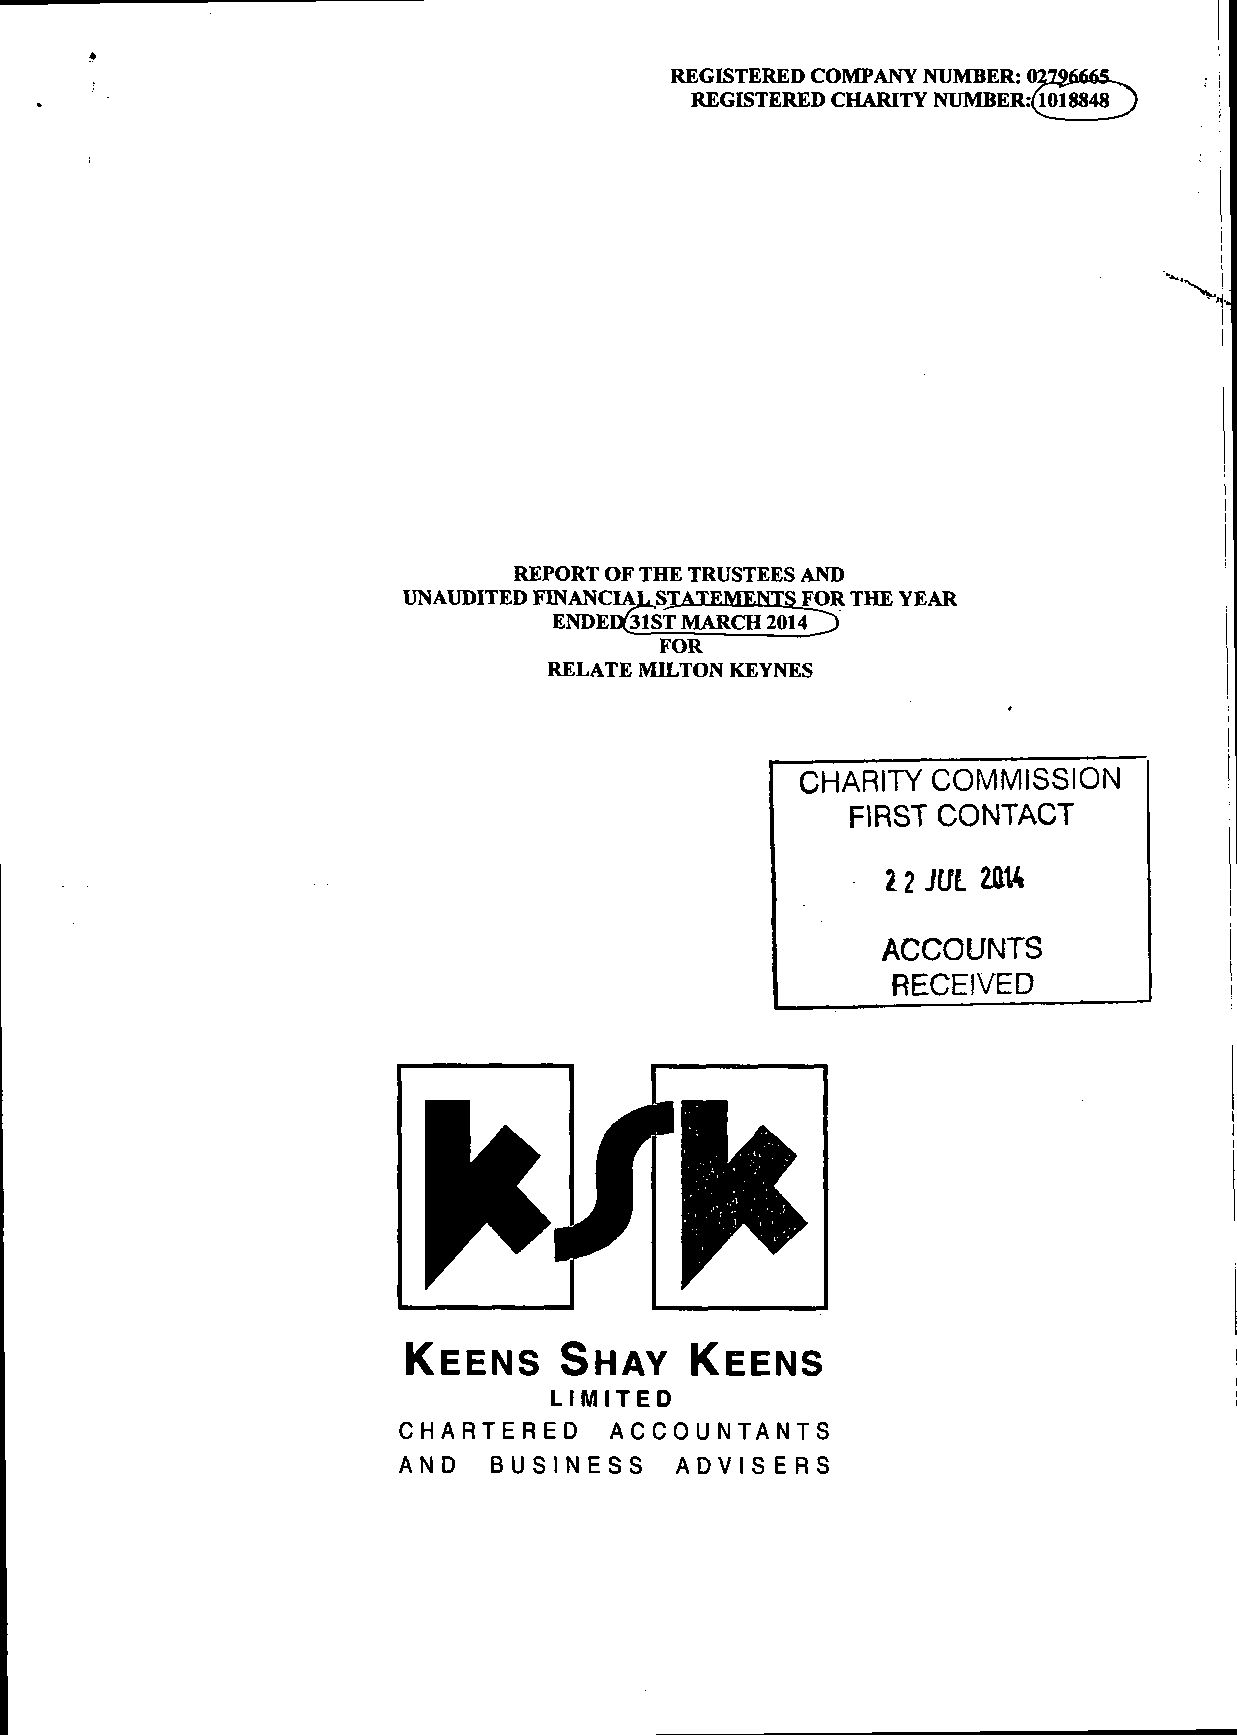
REGISTERED COMPANY NUMBER: 022gfi66S_
 REGISTERED CHARITY r^TJTVffiER:(l018848J)
 REPORT OF THE TRUSTEES AND
 UNAUDITED FIN ANCT Al, CTATF,MF,NTS_FfVR THE YEAR
 ENDEDGIST MARCH 2014~~")
 FOR
 RELATE MILTON KEYNES
 CHARITY  COMMISSION
 FIRST CONTACT
 12 JUL m
 ACCOUNTS
 RECEIVED
 KEENS     SHAY    KEENS
 LIMITED
 CHARTERED      ACCOUNTANTS
 AND    BUSINESS    ADVISERS